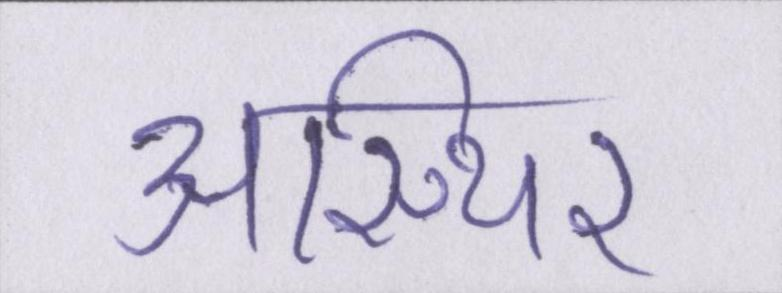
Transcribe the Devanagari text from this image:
अस्थिर